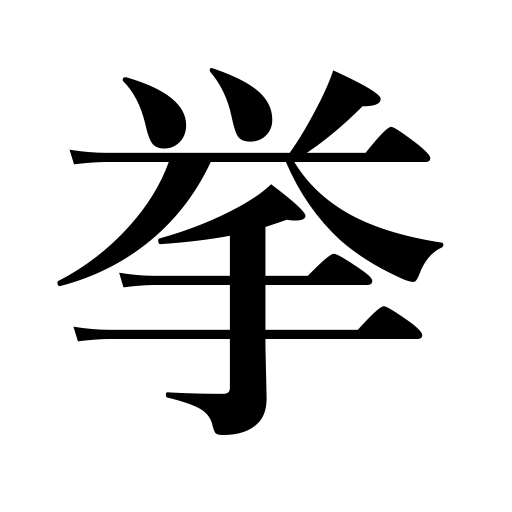
Meanings: arrest,step,join hands in an effort,be captured,become prosperous,actions,behavior,celebrate a ceremony,plan,have a child,project